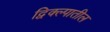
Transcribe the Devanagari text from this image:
द्विक्ल्पातील